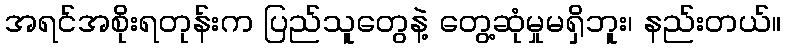
အရင်အစိုးရတုန်းက ပြည်သူတွေနဲ့ တွေ့ဆုံမှုမရှိဘူး၊ နည်းတယ်။